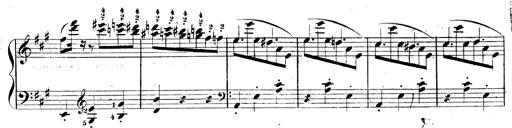
Title: 3 Caprices-Valses
Composer: Franz Liszt